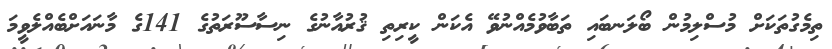
ތިމެގުތަކަށް މުސްލިމުން ބޯލަނބައި ތަބާވުމެއްނުވޭ އެކަން ކީރިތި ޤުރުއާނުގެ ނިސާސޫރަތުގެ 141ގެ މާނައަށްބެއްލެވީމަ